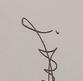
Signature authenticity: genuine